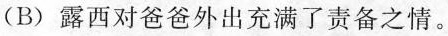
(B)露西对爸爸外出充满了责备之情。